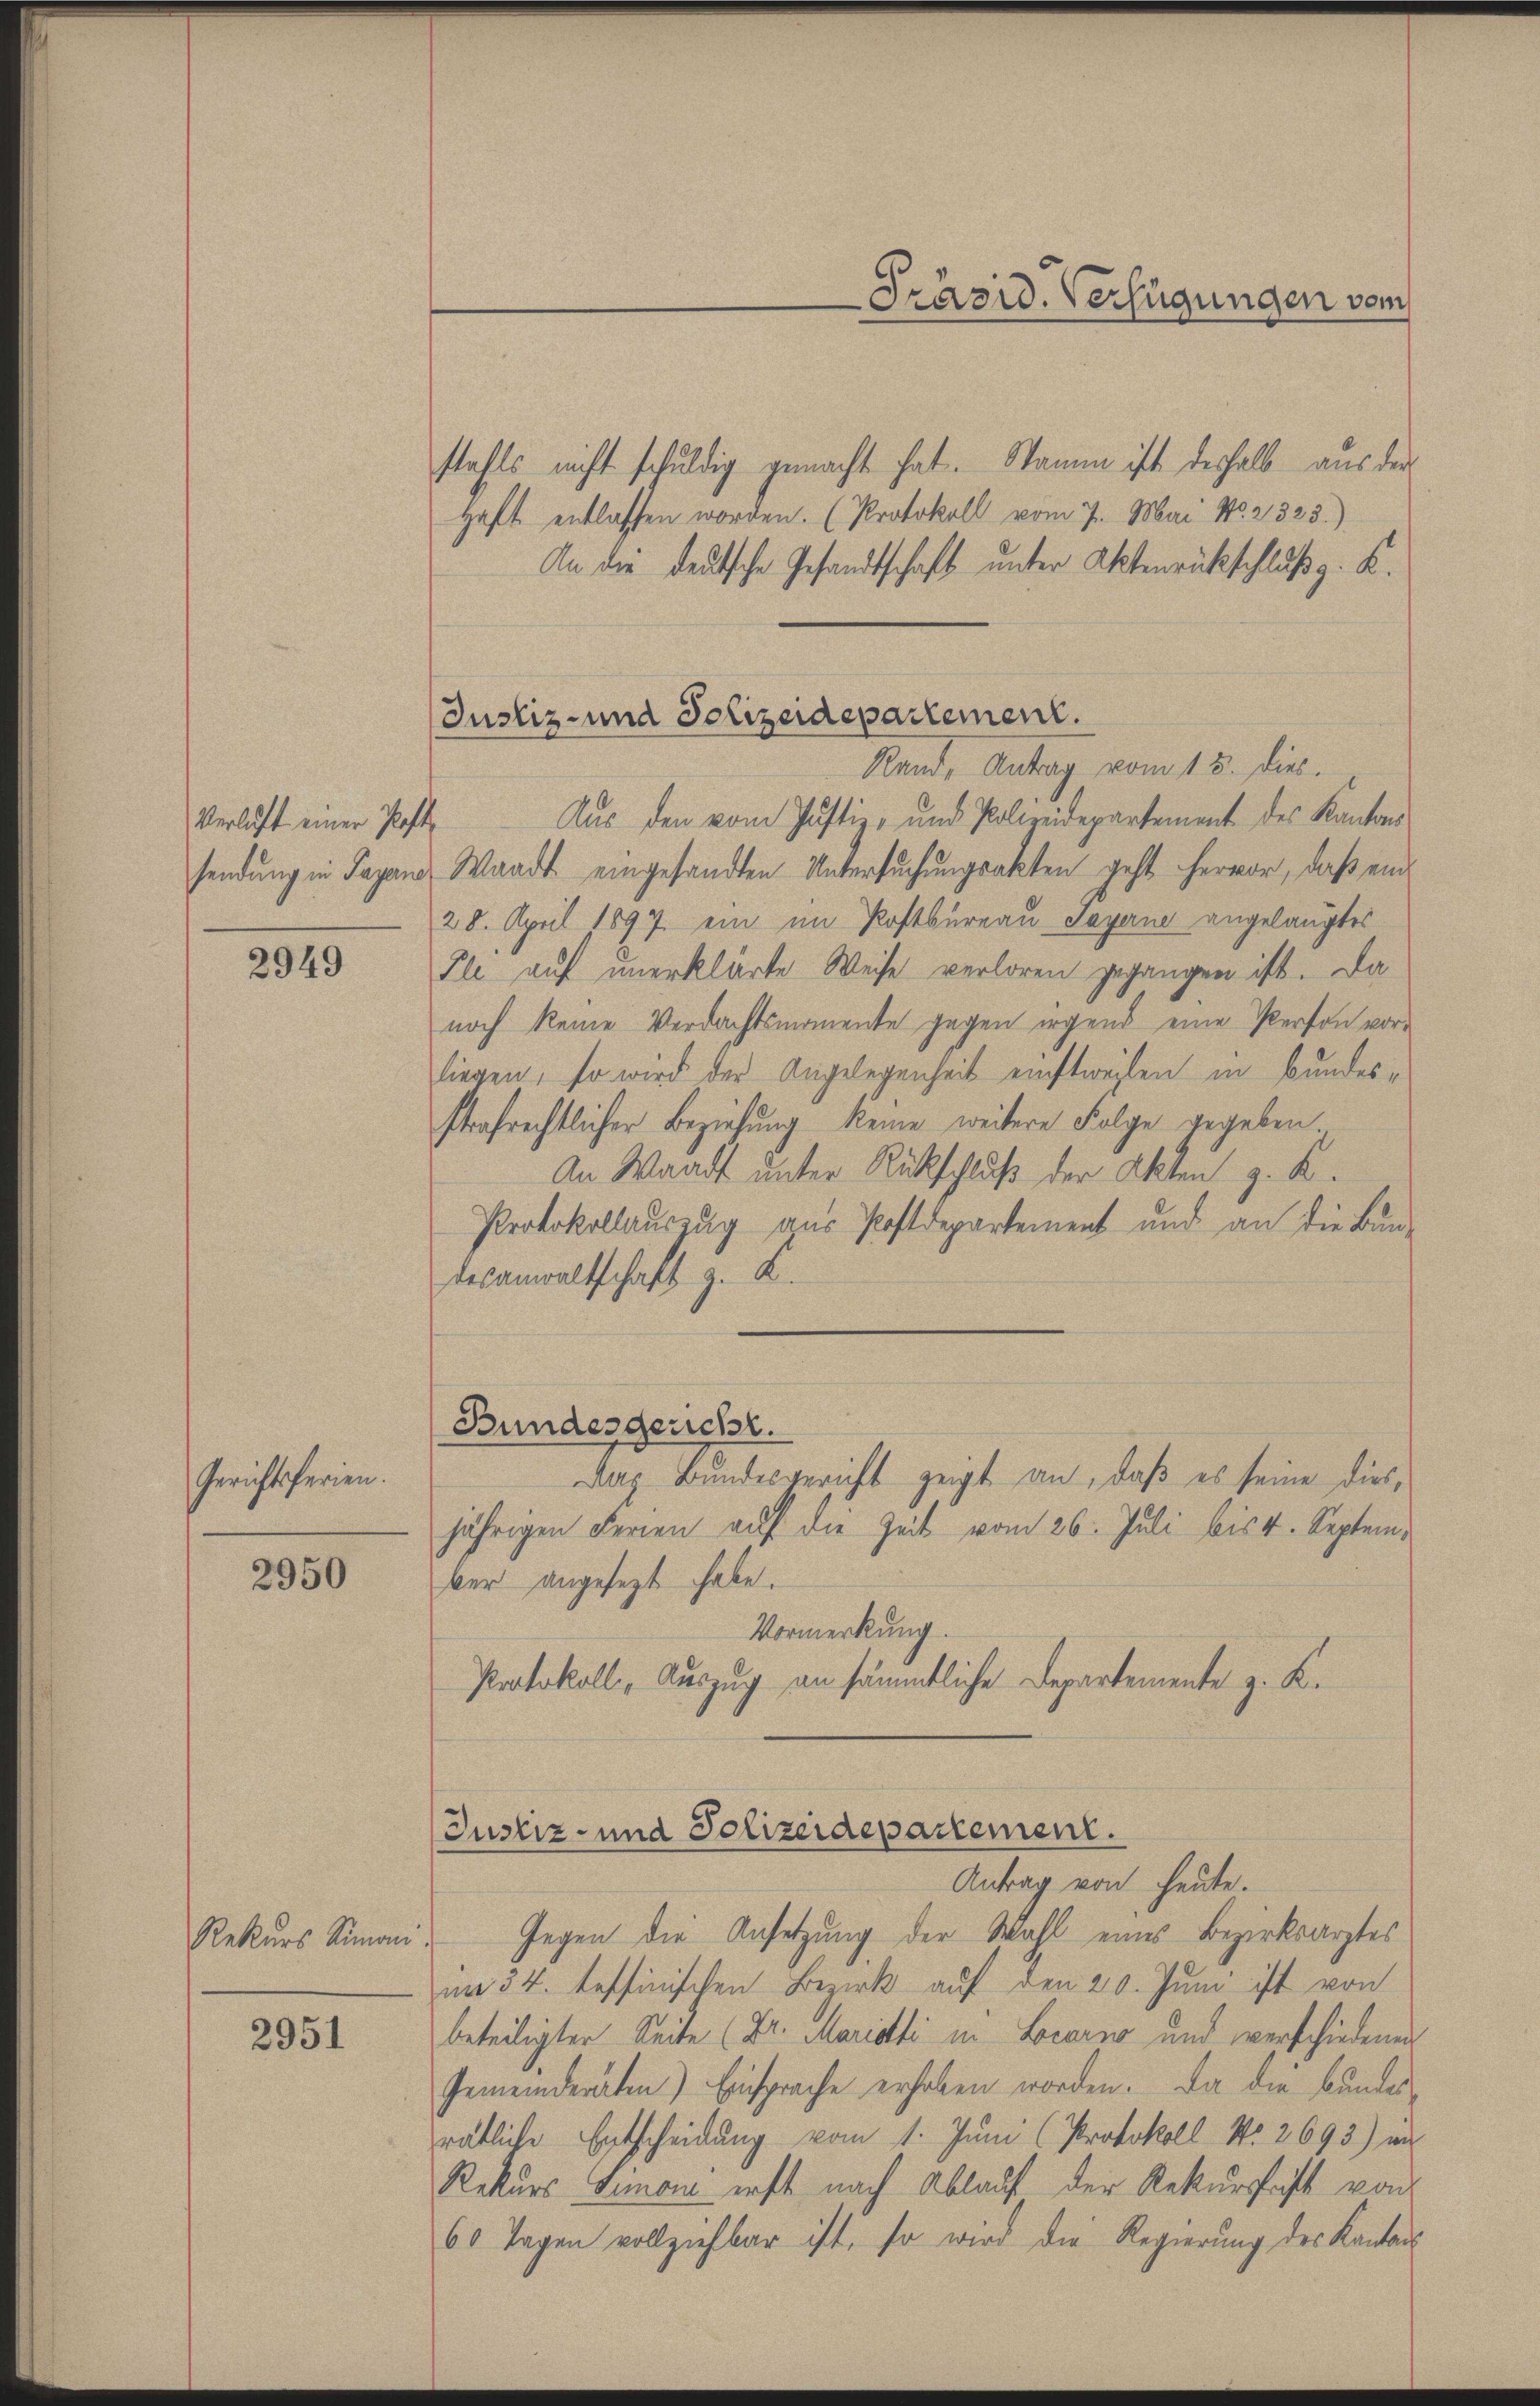
Verlust einer Post

2949

Gerichtsferien.

2950

Rekurs Simoni

2951

Justiz- und Polizeidepartement.

stahls nicht schuldig gemacht hat. Stamm ist deshalb aus der
Haft entlassen worden. (Protokoll vom 7. Mai No. 2323.)
An die deutsche Gesandtschaft unter Aktenrückschluß z. B.
Rand, Antrag vom 15. dies
Aŭs den vom Justiz- und Polizeidepartement des Kantons
sendung in Japan Waadt eingesandten Untersuchungsakten geht hervor, daß ein
28. April 1897 ein im Postbureau Payerne angelangtes
Fle auf unerklärte Weise verloren gegangen ist. Da
noch keine Verdachtsmomente gegen irgend eine Person vorliegen, so wird der Angelegenheit einstweilen in Bundesstrafrechtlicher Beziehung keine weitere Folge gegeben
An Waadt unter Rückschluß der Akten z. K.
Protokollaŭszŭg aŭs Postdepartement und an die Bun-
desanwaltschaft z. B.
Bundesgericht.
Das Bundesgericht zeigt an, daß es seine diesjährigen Ferien auf die Zeit vom 26. Juli bis 4. September angesezt habe.
Vormerkung.
Protokoll, Auszug an sämmtliche Departemente z. K.

Präsid. Verfügungen vom

Justiz- und Polizeidepartement.
Antrag von heute.

Gegen die Ansetzung der Wahl eines Bezirksarztes
im 34. tessinischen Bezirk auf den 20. Juni ist von
beteiligter Seite (Dr. Mariati in Locarno und verschiedenen
Gemeinderaten) Einsprache erhoben worden. Da die Bunder
rätliche Entscheidung vom 1. Juni (Protokoll No 2693) im
Rekurs Simon erst nach Ablauf der Rekursfast von
60 Tagen vollziehbar ist, so wird die Regierung des Kantons